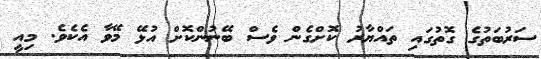
ސަރުބަތުގެ ގޮތުގައި ތައްޔާރު ކޮށްގެން ވެސް ބޭނުންކޮށް އުޅޭ މޭވާ އެކެވެ. މިއީ